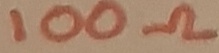
Text: 100Ω